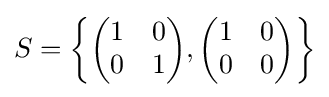
S=\left\{{\begin{pmatrix}1&0\\0&1\end{pmatrix}},{\begin{pmatrix}1&0\\0&0\end{pmatrix}}\right\}